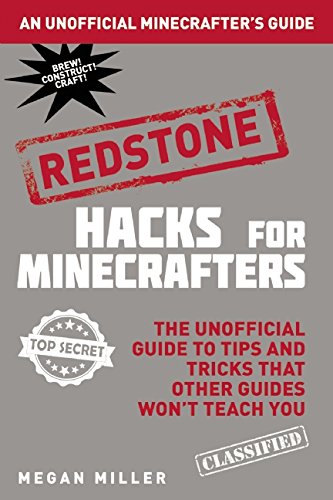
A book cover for Hacks for Minecrafters: Redstone: The Unofficial Guide to Tips and Tricks That Other Guides Won't Teach You; Megan Miller; Humor & Entertainment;